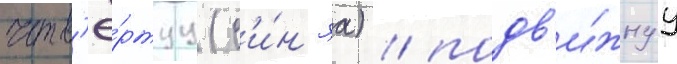
четв'ё́ртуу (с'и́н'яа) / подв'и́жнуу